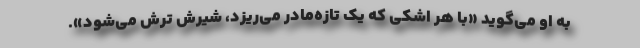
به او می‌گوید «با هر اشکی که یک تازه‌مادر می‌ریزد، شیرش ترش می‌شود».